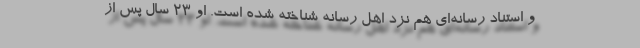
و استناد رسانه‌ای هم نزد اهل رسانه شناخته شده است. او 23 سال پس از